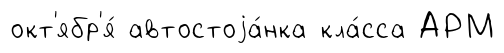
окт'ябр'я́ автостоjа́нка кла́сса АРМ